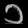
Digit: ၁